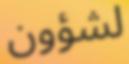
لشؤون